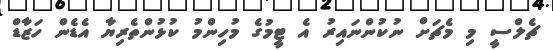
ޗެލްސީ މި މެޗަށް ނުކުންނައިރު އެ ޓީމުގެ މުހިންމު ކުޅުންތެރިޔާ އެޑެން ހަޒާޑް